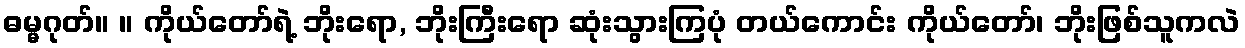
ဓမ္မဂုတ်။ ။ ကိုယ်တော်ရဲ့ ဘိုးရော, ဘိုးကြီးရော ဆုံးသွားကြပုံ တယ်ကောင်း ကိုယ်တော်၊ ဘိုးဖြစ်သူကလဲ